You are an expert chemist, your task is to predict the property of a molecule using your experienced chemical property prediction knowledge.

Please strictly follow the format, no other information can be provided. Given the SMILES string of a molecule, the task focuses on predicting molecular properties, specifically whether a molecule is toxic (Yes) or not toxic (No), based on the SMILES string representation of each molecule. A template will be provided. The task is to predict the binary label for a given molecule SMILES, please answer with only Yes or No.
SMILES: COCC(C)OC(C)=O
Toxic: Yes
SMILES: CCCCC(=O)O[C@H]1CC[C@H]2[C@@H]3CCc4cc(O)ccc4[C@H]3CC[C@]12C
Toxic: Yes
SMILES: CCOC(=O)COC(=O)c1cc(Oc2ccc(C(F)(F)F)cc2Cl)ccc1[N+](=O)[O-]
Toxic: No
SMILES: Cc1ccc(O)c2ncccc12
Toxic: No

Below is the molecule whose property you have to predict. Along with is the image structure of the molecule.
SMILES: CC(C)(C)C(=O)c1ccccc1
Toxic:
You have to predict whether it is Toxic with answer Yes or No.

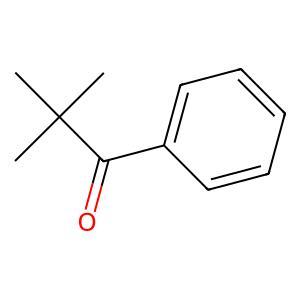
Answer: No